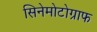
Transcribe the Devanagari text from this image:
सिनेमोटोग्राफ